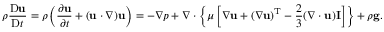
\rho { \frac { \mathrm { D } \mathbf { u } } { \mathrm { D } t } } = \rho \left( { \frac { \partial \mathbf { u } } { \partial t } } + ( \mathbf { u } \cdot \nabla ) \mathbf { u } \right) = - \nabla p + \nabla \cdot \left\{ \mu \left[ \nabla \mathbf { u } + ( \nabla \mathbf { u } ) ^ { \mathrm { T } } - { \frac { 2 } { 3 } } ( \nabla \cdot \mathbf { u } ) \mathbf { I } \right] \right\} + \rho \mathbf { g } .